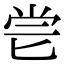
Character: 𠤝